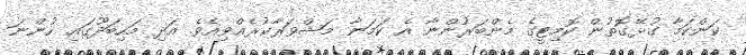
ކަންކަމާ ގުޅޭގޮތުން ކޮމިޓީގެ މެންބަރުންނާ އެ ކަމަނާ މަޝްވަރާކުރެއްވިއެވެ. އަދި މަހިބަދޫގައި ހުންނަ